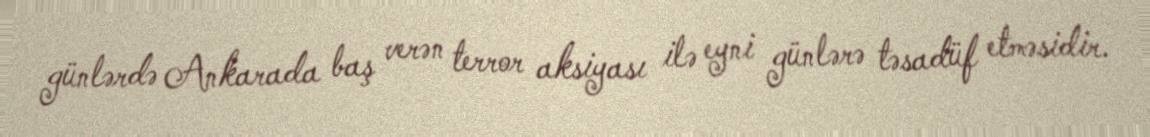
günlərdə Ankarada baş verən terror aksiyası ilə eyni günlərə təsadüf etməsidir.